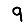
Digit: 9